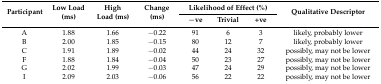
| <ROWSPAN=2> Participant | <ROWSPAN=2> Low Load (ms) | <ROWSPAN=2> High Load (ms) | <ROWSPAN=2> Change (ms) | <COLSPAN=3> Likelihood of Effect (%) | <ROWSPAN=2> Qualitative Descriptor |
 | −ve | Trivial | +ve |
 | --- | --- | --- | --- | --- | --- | --- | --- |
 | A | 1.88 | 1.66 | −0.22 | 91 | 6 | 3 | likely, probably lower |
 | B | 2.00 | 1.85 | −0.15 | 80 | 12 | 7 | likely, probably lower |
 | C | 1.91 | 1.89 | −0.02 | 44 | 24 | 32 | possibly, may not be lower |
 | F | 1.88 | 1.84 | −0.04 | 50 | 23 | 27 | possibly, may not be lower |
 | G | 2.02 | 1.99 | −0.03 | 47 | 24 | 29 | possibly, may not be lower |
 | I | 2.09 | 2.03 | −0.06 | 56 | 22 | 22 | possibly, may not be lower |